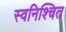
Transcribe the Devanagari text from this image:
स्वनिश्चित